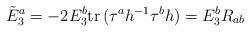
LaTeX: \begin{align*}\tilde{E}_3^a=-2E_3^b\mathrm{tr}\,(\tau^a h^{-1}\tau^b h)=E_3^bR_{ab}\,\end{align*}